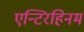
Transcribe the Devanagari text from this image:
एन्टिरहिनम